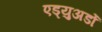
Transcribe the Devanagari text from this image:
एड्युअर्डो